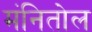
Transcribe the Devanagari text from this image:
मंनितोल